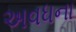
અવધના